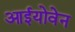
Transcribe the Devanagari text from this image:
आईयोवेन